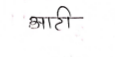
मजकूर: आटी